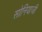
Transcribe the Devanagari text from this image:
सोनियाजी